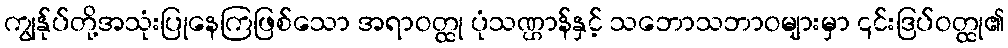
ကျွန်ုပ်တို့အသုံးပြုနေကြဖြစ်သော အရာဝတ္ထု ပုံသဏ္ဌာန်နှင့် သဘောသဘာဝများမှာ ၎င်းဒြပ်ဝတ္ထု၏